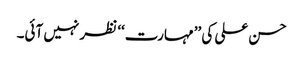
حسن علی کی ’’مہارت‘‘ نظر نہیں آئی۔